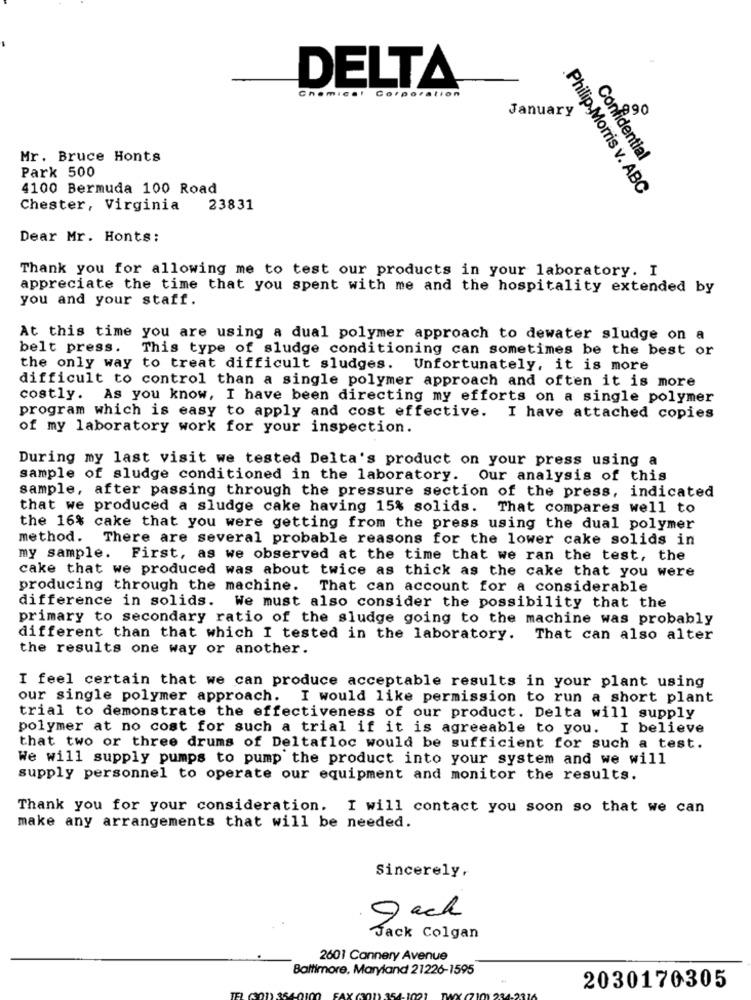
DELTA
Chemical Corporation
January
90
Mr. Bruce Honts
Confidential
Park 500
4100 Bermuda 100 Road
.Philip Morris v. ABC
Chester, Virginia
23831
Dear Mr. Honts:
Thank you for allowing me to test our products in your laboratory. I
appreciate the time that you spent with me and the hospitality extended by
you and your staff.
At this time you are using a dual polymer approach to dewater sludge on a
belt press. This type of sludge conditioning can sometimes be the best or
the only way to treat difficult sludges. Unfortunately, it is more
difficult to control than a single polymer approach and often it is more
costly. As you know, I have been directing my efforts on a single polymer
program which is easy to apply and cost effective. I have attached copies
of my laboratory work for your inspection.
During my last visit we tested Delta's product on your press using a
sample of sludge conditioned in the laboratory.
Our analysis of this
sample, after passing through the pressure section of the press, indicated
that we produced a sludge cake having 15% solids.
That compares well to
the 16% cake that you were getting from the press using the dual polymer
method.
There are several probable reasons for the lower cake solids in
my sample. First, as we observed at the time that we ran the test, the
cake that we produced was about twice as thick as the cake that you were
producing through the machine.
That can account for a considerable
difference in solids. We must also consider the possibility that the
primary to secondary ratio of the sludge going to the machine was probably
different than that which I tested in the laboratory. That can also alter
the results one way or another.
I feel certain that we can produce acceptable results in your plant using
our single polymer approach. I would like permission to run a short plant
trial to demonstrate the effectiveness of our product. Delta will supply
polymer at no cost for such a trial if it is agreeable to you. I believe
that two or three drums of Deltafloc would be sufficient for such a test.
We will supply pumps to pump the product into your system and we will
supply personnel to operate our equipment and monitor the results.
Thank you for your consideration. I will contact you soon so that we can
make any arrangements that will be needed.
Sincerely,
9 och
Jack Colgan
2601 Cannery Avenue
Baltimore, Maryland 21226-1595
2030170305